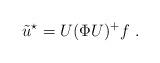
LaTeX: \begin{align*} \tilde{u}^\star = U (\Phi U)^+ f~.\end{align*}